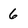
Character: 6